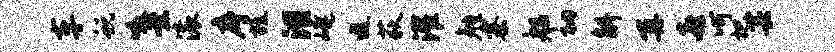
车蜕啜案滚序旒泪崦遐荻灌勉寨船衲斛再喜呵杷芸